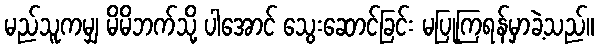
မည်သူကမျှ မိမိဘက်သို့ ပါအောင် သွေးဆောင်ခြင်း မပြုကြရန်မှာခဲ့သည်။